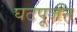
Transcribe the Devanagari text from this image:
घटपूजन